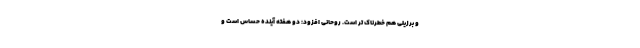
و برزیلی هم خطرناک تر است. روحانی افزود: دو هفته آینده حساس است و